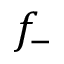
f _ { - }